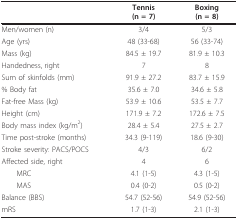
<table><thead><tr><td></td><td><b>Tennis(n = 7)</b></td><td><b>Boxing(n = 8)</b></td></tr></thead><tbody><tr><td>Men/women (n)</td><td>3/4</td><td>5/3</td></tr><tr><td>Age (yrs)</td><td>48 (33-68)</td><td>56 (33-74)</td></tr><tr><td>Mass (kg)</td><td>84.5 ± 19.7</td><td>81.9 ± 10.3</td></tr><tr><td>Handedness, right</td><td>7</td><td>8</td></tr><tr><td>Sum of skinfolds (mm)</td><td>91.9 ± 27.2</td><td>83.7 ± 15.9</td></tr><tr><td>% Body fat</td><td>35.6 ± 7.0</td><td>34.6 ± 5.8</td></tr><tr><td>Fat-free Mass (kg)</td><td>53.9 ± 10.6</td><td>53.5 ± 7.7</td></tr><tr><td>Height (cm)</td><td>171.9 ± 7.2</td><td>172.6 ± 7.5</td></tr><tr><td>Body mass index (kg/m<sup>2</sup>)</td><td>28.4 ± 5.4</td><td>27.5 ± 2.7</td></tr><tr><td>Time post-stroke (months)</td><td>34.3 (9-119)</td><td>18.6 (9-30)</td></tr><tr><td>Stroke severity: PACS/POCS</td><td>4/3</td><td>6/2</td></tr><tr><td>Affected side, right</td><td>4</td><td>6</td></tr><tr><td> MRC</td><td>4.1 (1-5)</td><td>4.3 (1-5)</td></tr><tr><td> MAS</td><td>0.4 (0-2)</td><td>0.5 (0-2)</td></tr><tr><td>Balance (BBS)</td><td>54.7 (52-56)</td><td>54.9 (52-56)</td></tr><tr><td>mRS</td><td>1.7 (1-3)</td><td>2.1 (1-3)</td></tr></tbody></table>